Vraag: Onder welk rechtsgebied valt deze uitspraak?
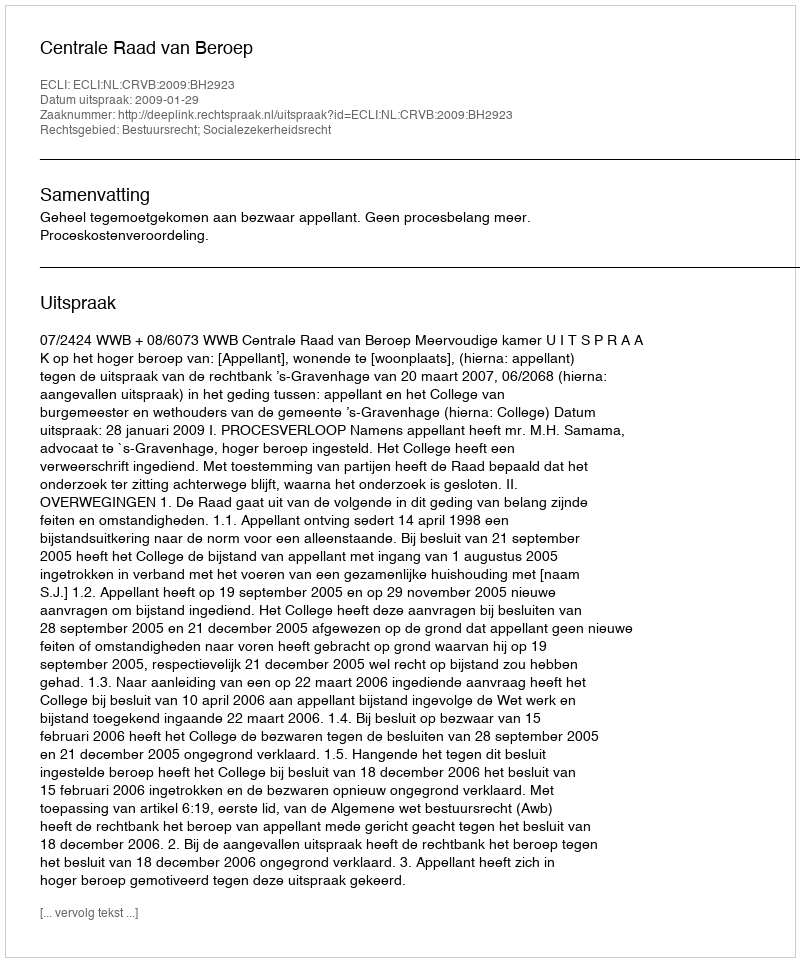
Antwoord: Bestuursrecht; Socialezekerheidsrecht